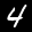
Label: 4